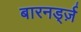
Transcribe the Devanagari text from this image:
बारनर्ड्ज़